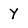
Character: y